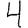
Digit: 4